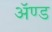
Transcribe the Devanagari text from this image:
ॲण्‍ड